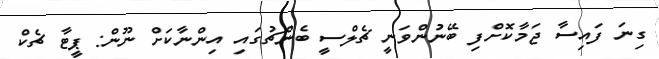
ގިނަ ފައިސާ ޖަމާކޮށްފި ބޭނުންވަނީ ޗެލްސީ ބެންޗުގައި އިންނާކަށް ނޫން: ޕީޓާ ޗެކް